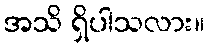
အသိ ရှိပါသလား။